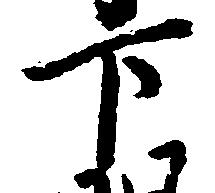
下